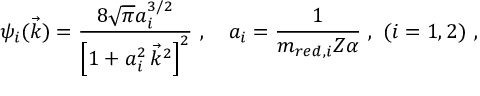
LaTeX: \psi _ { i } ( \vec { k } ) = \frac { 8 \sqrt { \pi } a _ { i } ^ { 3 / 2 } } { \left[ 1 + a _ { i } ^ { 2 } \, \vec { k } ^ { 2 } \right] ^ { 2 } } \ , \quad a _ { i } = \frac { 1 } { m _ { r e d , i } Z \alpha } \ , \ ( i = 1 , 2 ) \ ,